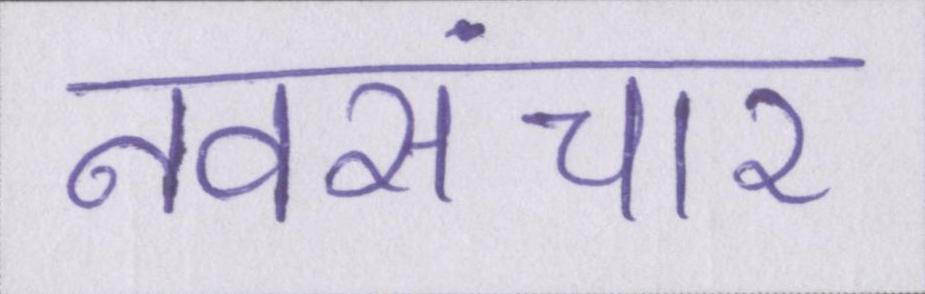
नवसंचार